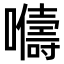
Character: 𫬦